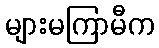
များမကြာမီက